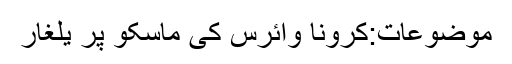
موضوعات:کرونا وائرس کی ماسکو پر یلغار